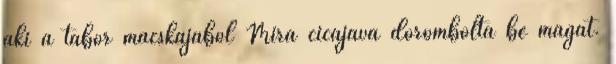
aki a tábor macskájából Míra cicájává dorombolta be magát.